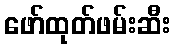
ဖော်ထုတ်ဖမ်းဆီး